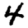
Digit: 4